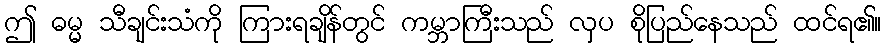
ဤ ဓမ္မ သီချင်းသံကို ကြားရချိန်တွင် ကမ္ဘာကြီးသည် လှပ စိုပြည်နေသည် ထင်ရ၏။